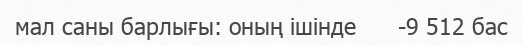
мал саны барлығы: оның ішінде      -9 512 бас